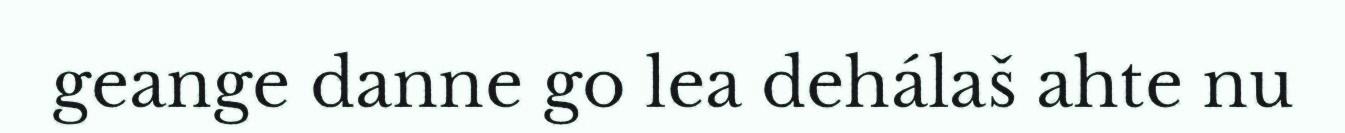
geange danne go lea dehálaš ahte nu